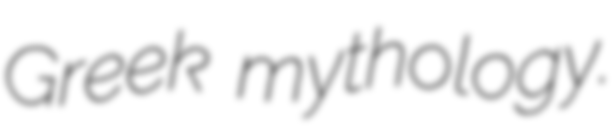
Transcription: Greek mythology.